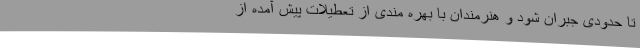
تا حدودی جبران شود و هنرمندان با بهره مندی از تعطیلات پیش آمده از